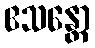
ဧသန္တော